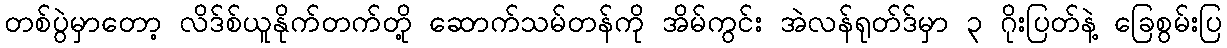
တစ်ပွဲမှာတော့ လိဒ်စ်ယူနိုက်တက်တို့ ဆောက်သမ်တန်ကို အိမ်ကွင်း အဲလန်ရုတ်ဒ်မှာ ၃ ဂိုးပြတ်နဲ့ ခြေစွမ်းပြ